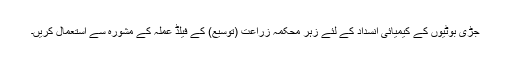
جڑی بوٹیوں کے کیمیائی انسداد کے لئے زہر محکمہ زراعت (توسیع) کے فیلڈ عملہ کے مشورہ سے استعمال کریں۔